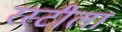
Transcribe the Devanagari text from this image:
रस्टीला